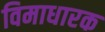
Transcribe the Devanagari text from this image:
विमाधारक